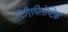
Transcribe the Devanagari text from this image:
एंटीएपिलेप्टिक